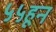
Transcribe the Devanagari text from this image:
५५हून